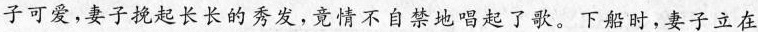
子可爱,妻子挽起长长的秀发,竟情不自禁地唱起了歌。下船时,妻子立在